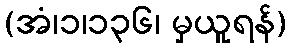
(အံ၊၁၊၁၃၆၊ မှယူရန်)